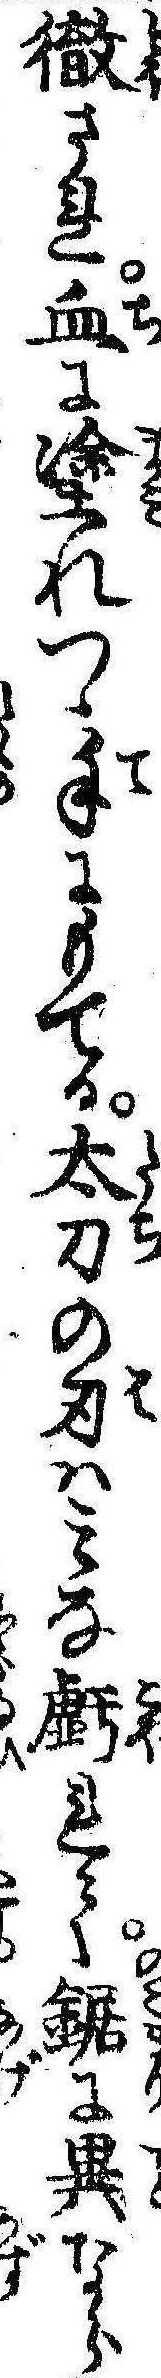
徹され血に塗れつゝ手にもてる太刀の刃はみな虧れて鋸に異なら